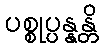
ပစ္စုပ္ပန္နန္တိ